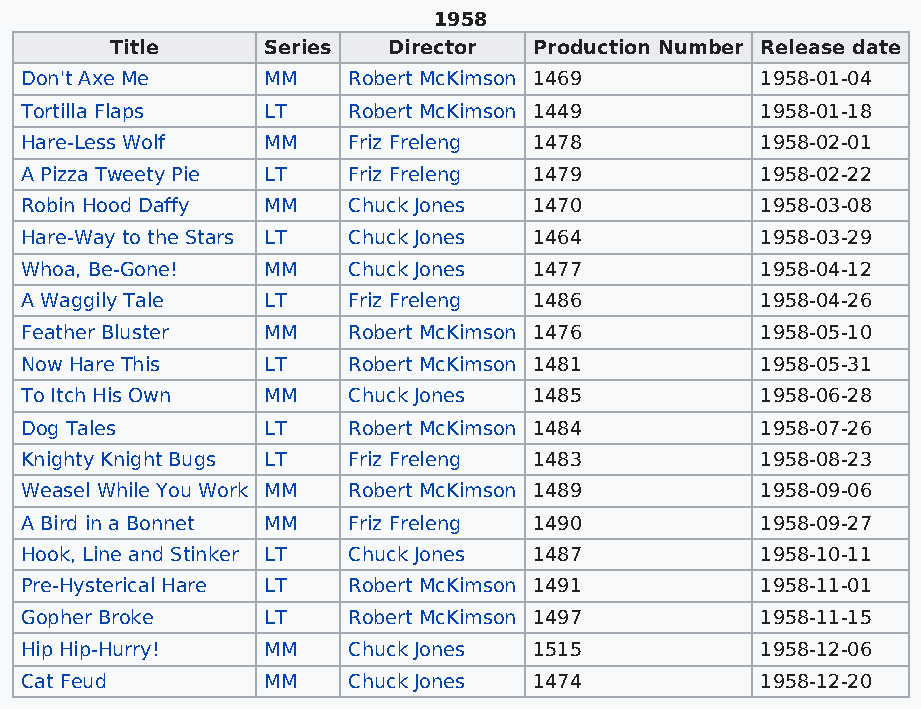
1958
 Title     Series   Director Production Number Release date
 Don't Axe Me    MM    Robert McKimson 1469       1958-01-04
 Tortilla Flaps  LT    Robert McKimson 1449       1958-01-18
 Hare-Less Wolf  MM    Friz Freleng 1478          1958-02-01
 A Pizza Tweety Pie LT Friz Freleng 1479          1958-02-22
 Robin Hood Daffy MM   Chuck Jones 1470           1958-03-08
 Hare-Way to the Stars LT Chuck Jones 1464        1958-03-29
 Whoa, Be-Gone!  MM    Chuck Jones 1477           1958-04-12
 A Waggily Tale  LT    Friz Freleng 1486          1958-04-26
 Feather Bluster MM    Robert McKimson 1476       1958-05-10
 Now Hare This   LT    Robert McKimson 1481       1958-05-31
 To Itch His Own MM    Chuck Jones 1485           1958-06-28
 Dog Tales       LT    Robert McKimson 1484       1958-07-26
 Knighty Knight Bugs LT Friz Freleng 1483         1958-08-23
 Weasel While You Work MM Robert McKimson 1489    1958-09-06
 A Bird in a Bonnet MM Friz Freleng 1490          1958-09-27
 Hook, Line and Stinker LT Chuck Jones 1487       1958-10-11
 Pre-Hysterical Hare LT Robert McKimson 1491      1958-11-01
 Gopher Broke    LT    Robert McKimson 1497       1958-11-15
 Hip Hip-Hurry!  MM    Chuck Jones 1515           1958-12-06
 Cat Feud        MM    Chuck Jones 1474           1958-12-20